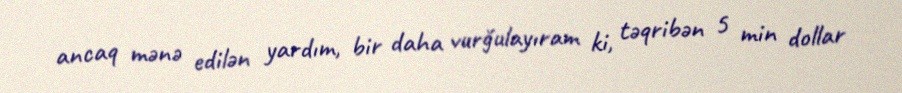
ancaq mənə edilən yardım, bir daha vurğulayıram ki, təqribən 5 min dollar